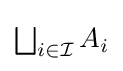
{\textstyle \bigsqcup _{i\in {\mathcal {I}}}A_{i}}